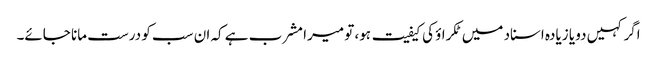
اگر کہیں دو یا زیادہ اسناد میں ٹکراؤ کی کیفیت ہو، تو میرا مشرب ہے کہ ان سب کو درست مانا جائے۔